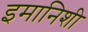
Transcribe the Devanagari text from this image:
इमानिशी